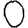
Digit: 0